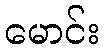
မောင်း